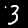
Digit: 3